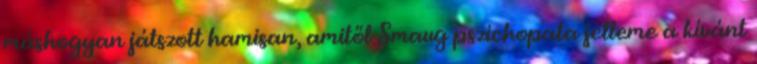
máshogyan játszott hamisan, amitől Smaug pszichopata jelleme a kívánt